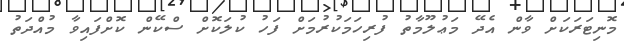
މޮނިޓަރަކަށް ވާން އެދޭ މަޢުލޫމާތު ފުރިހަމަކުރުމަށް ފަހު ކުލަކޮށް ސްކޭން ކޮށްފައިވާ މުއްދަތު